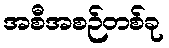
အစီအစဉ်တစ်ခု